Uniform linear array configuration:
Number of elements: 64
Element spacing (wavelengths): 0.75
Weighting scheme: kaiser
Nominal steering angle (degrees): -30
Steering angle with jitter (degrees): -29.525
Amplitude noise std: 0.05
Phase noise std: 0.05

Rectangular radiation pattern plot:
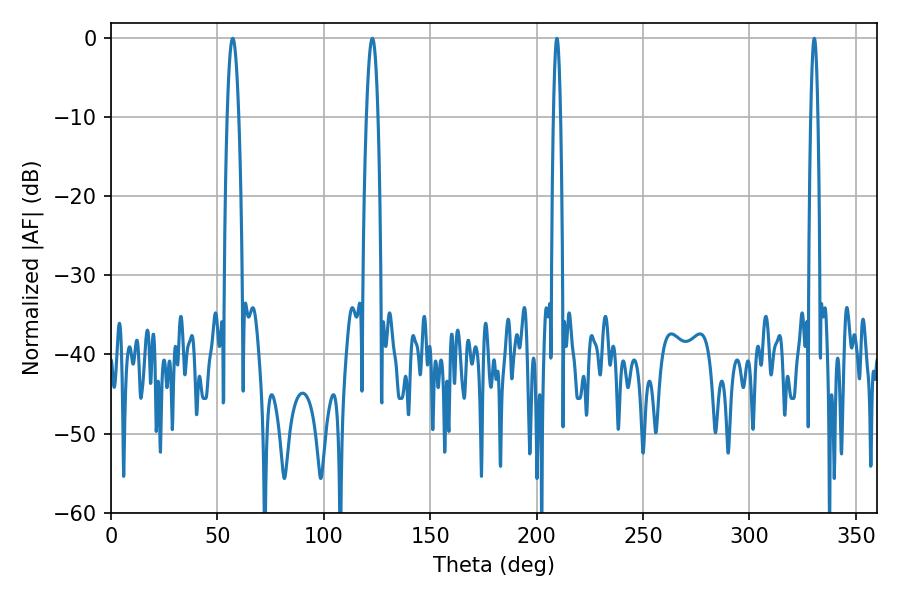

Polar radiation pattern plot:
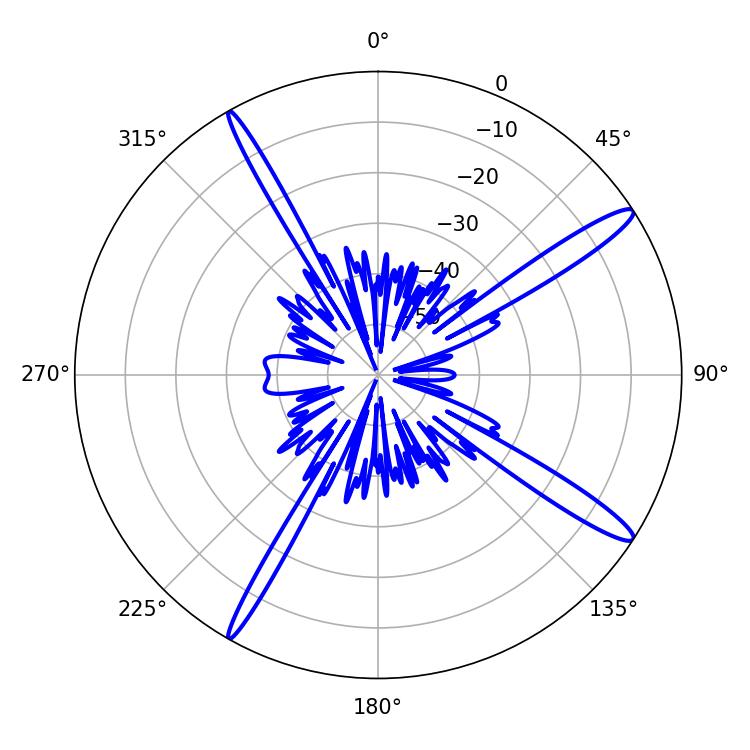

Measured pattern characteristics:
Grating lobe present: TRUE
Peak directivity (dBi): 15.166
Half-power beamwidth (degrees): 1.8
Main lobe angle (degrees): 209.52